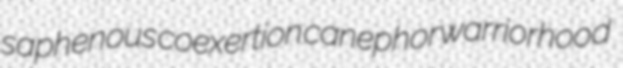
saphenous coexertion canephor warriorhood